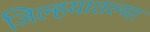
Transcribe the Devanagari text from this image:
जिल्हयातल्या